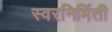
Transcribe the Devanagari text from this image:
स्वरनिर्मिती